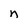
Character: n